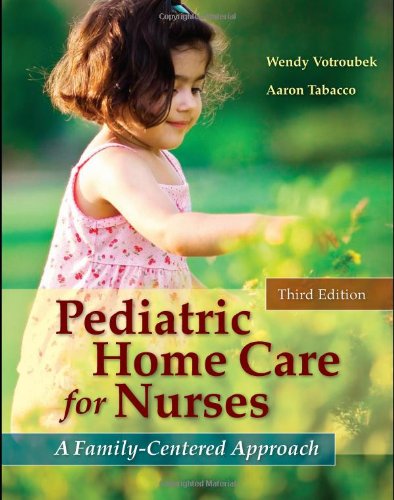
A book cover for Pediatric Home Care for Nurses: A Family-Centered Approach, 3rd Edition; Medical Books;